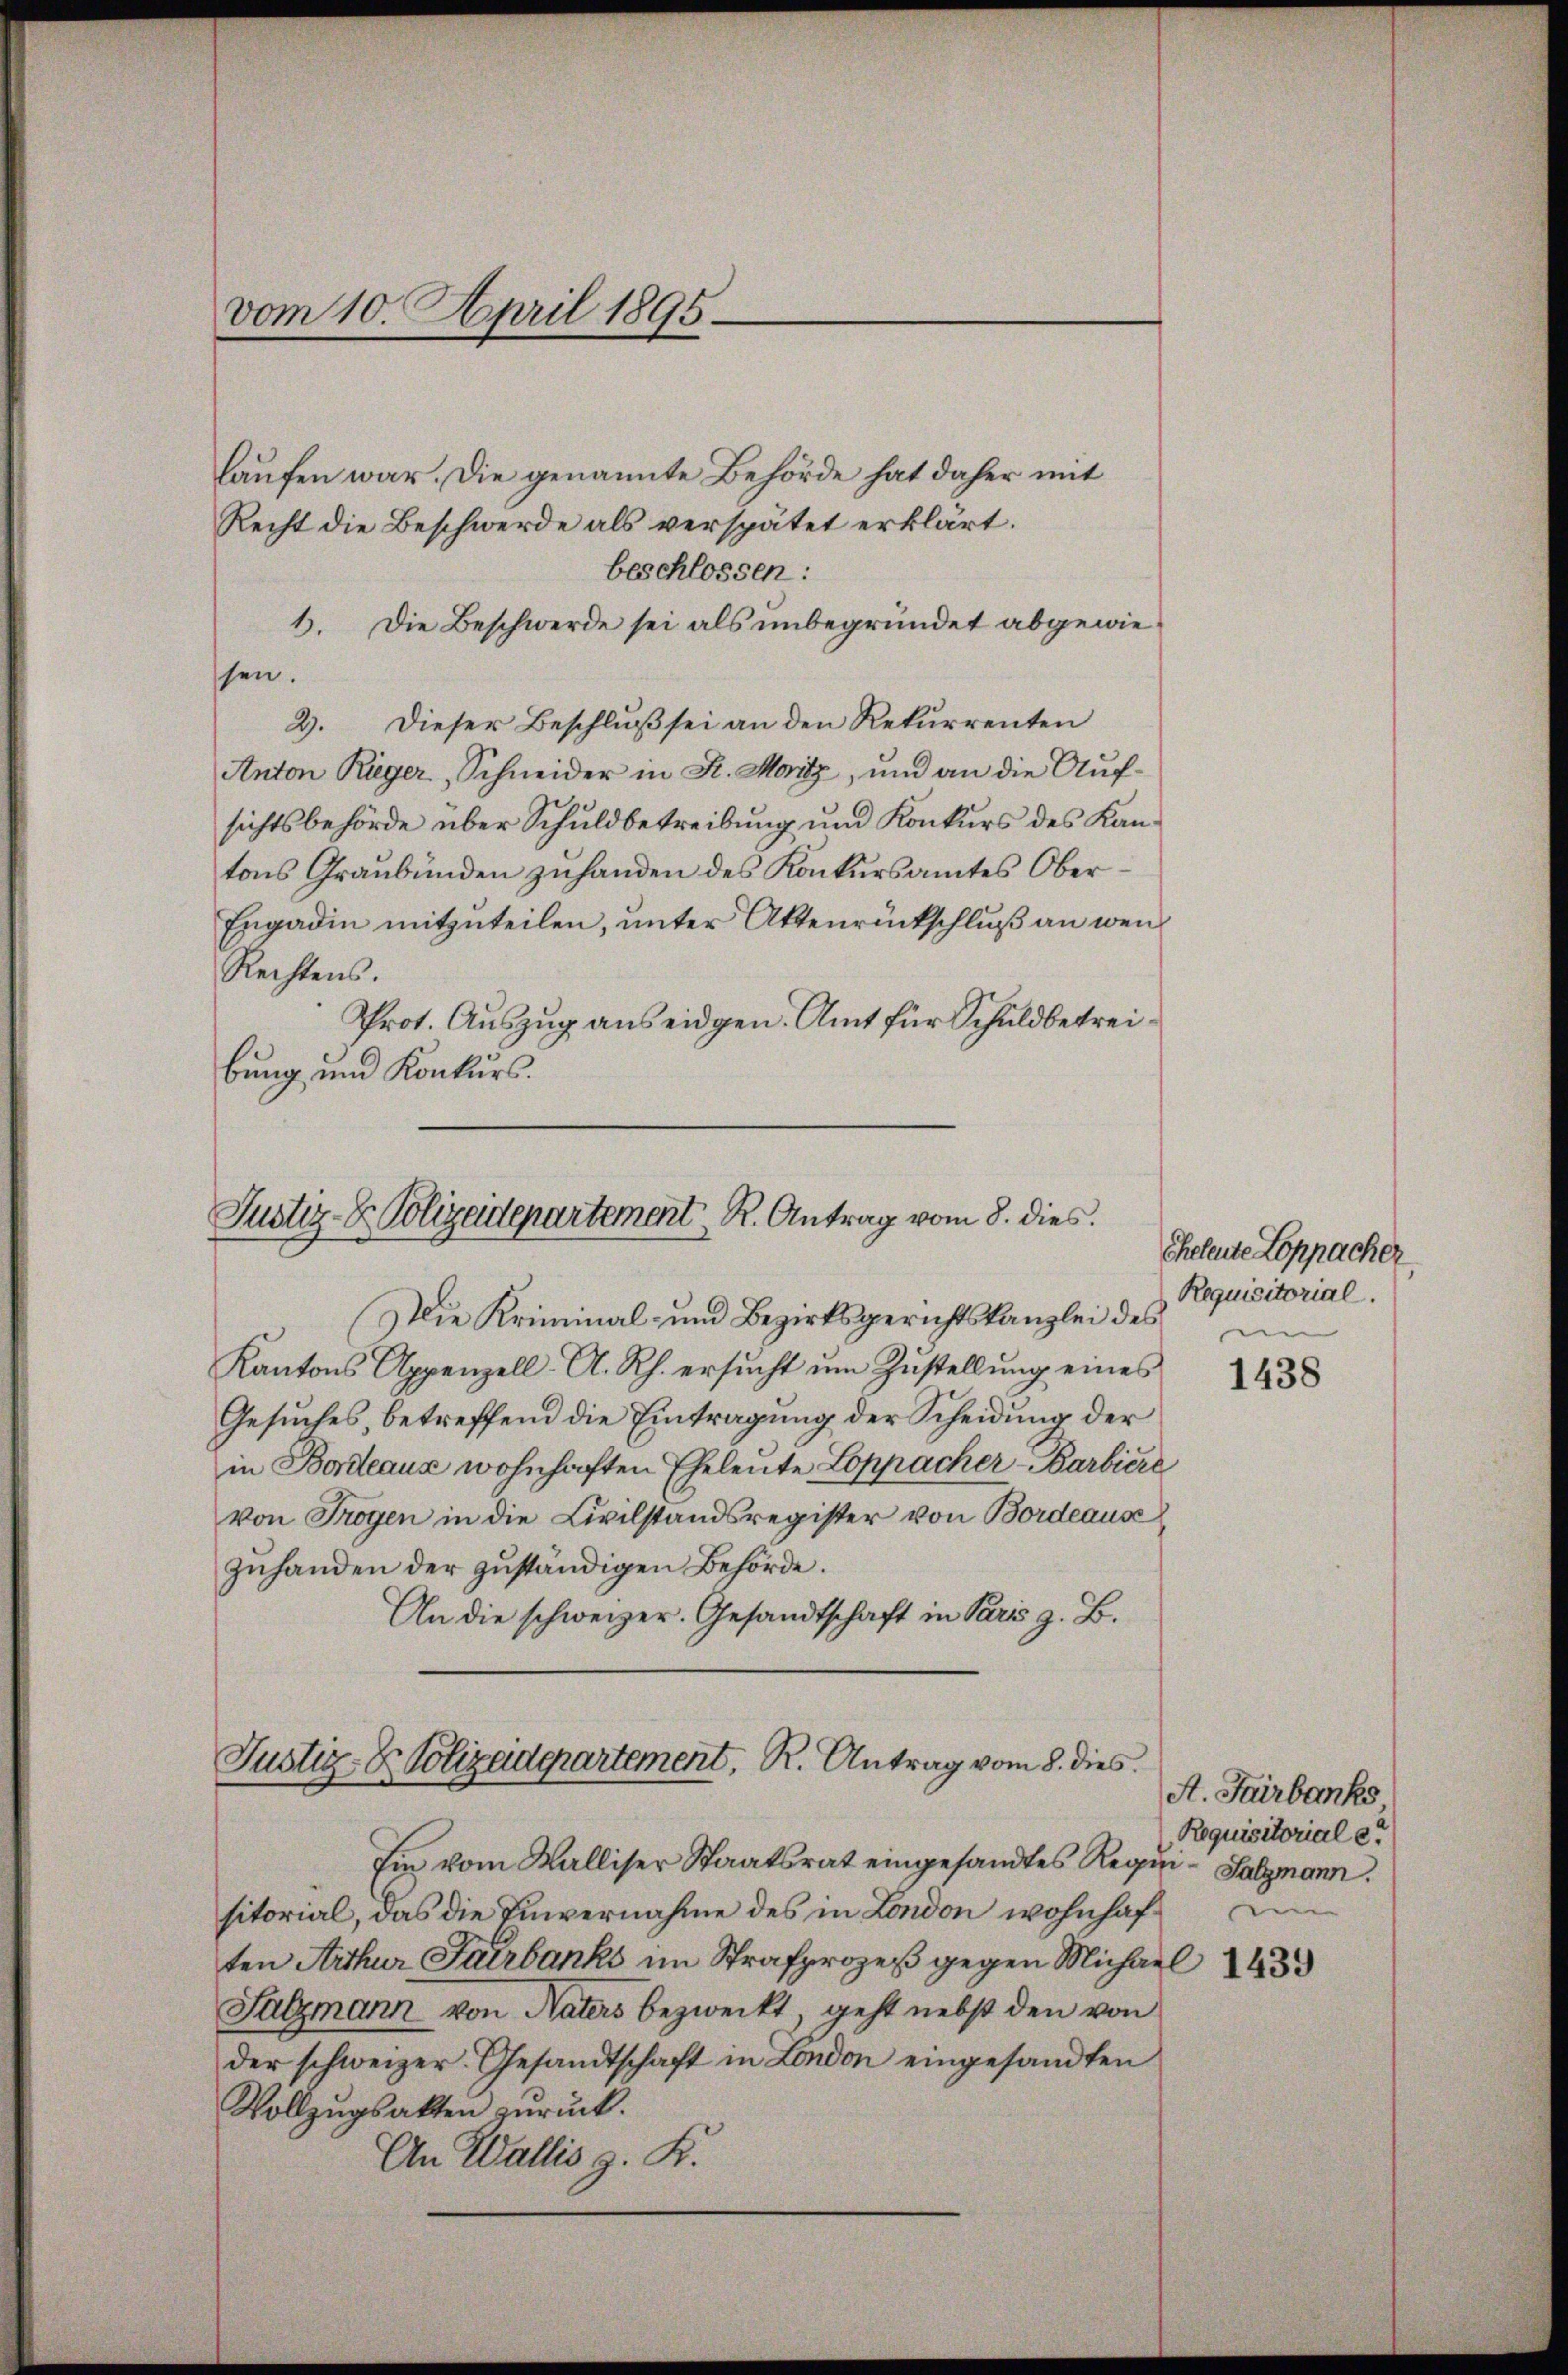
vom 10. April 1895.

laufen war. Die genannte Behörde hat daher mit
Recht die Beschwerde als verspätet erklärt.
beschlossen:
6. Die Beschwerde sei als unbegründet abgewiesen.
Dieser Beschluß sei an den Rekurrenten
2).
Anton Rieger, Schneider in K. Moritz, und an die Aŭf-
sichtsbehörde über Schuldbetreibung und Konkurs des Kantons Graubünden zuhanden des Konkursamtes Ober
Engadin mitzuteilen, unter Aktenrückschluß an wen¬
Rechtens.
Prot. Auszug aus eidgen. Amt für Schuldbetreibung und Konkurs.

Justiz- & Polizadepartement R. Antrag vom 8. dies

Die Kriminal- und Bezirksgerichtskanzlei des
Kantons Appenzell A. Rh. ersŭcht ŭm Zŭstellŭng eines
Gesuches, betreffend die Eintragung der Scheidung der
in Bordeaus wohnhaften Eheleute Loppacher Barbiere
von Trogen in die Civilstandsregister von Bordeaus
zuhanden der zuständigen Behörde.
An die schweizer. Gesandtschaft in Paris z. B.

Justiz- & Polizaderartement, R. Antrag vom 8. dies

cheleute Loppacher
Requisitorial.
e

Ein vom Walliser Staatsrat eingesandtes Requisitorial, das die Einvernahme des in London wohnhaften Arthur Farbanks im Strafprozeß gegen Michael
Salzmann von Naters bezweckt, geht nebst den von
der schweizer. Gesandtschaft in London eingesandten
Vollzŭgsakten zurück.
An Wallis g. K.

1438

A. Farbanks
Requisitorial e
Salzmann.
e

1439